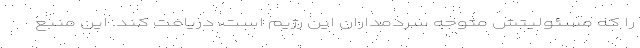
را که مسئولیتش متوجه سردمداران این رژیم است، دریافت کند. این منبع